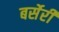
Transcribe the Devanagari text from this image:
बर्सेरी